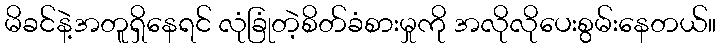
မိခင်နဲ့အတူရှိနေရင် လုံခြုံတဲ့စိတ်ခံစားမှုကို အလိုလိုပေးစွမ်းနေတယ်။